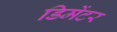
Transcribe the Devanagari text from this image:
डिमेंटर